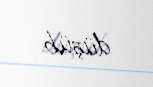
düşüb.